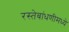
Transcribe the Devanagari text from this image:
रस्तेबांधणीमध्ये